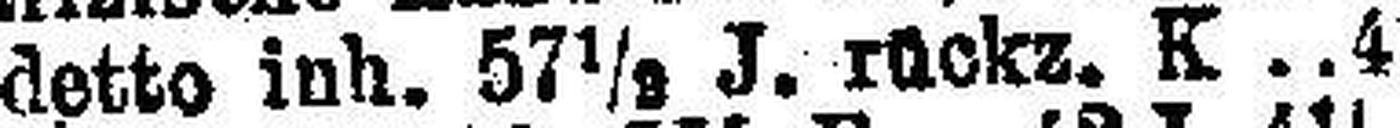
detto inh. 57½ J. rückz. K 4